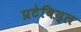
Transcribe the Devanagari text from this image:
प्रटेबियल